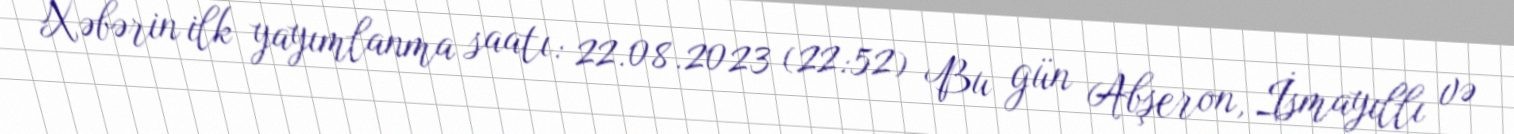
Xəbərin ilk yayımlanma saatı: 22.08.2023 (22:52) Bu gün Abşeron, İsmayıllı və